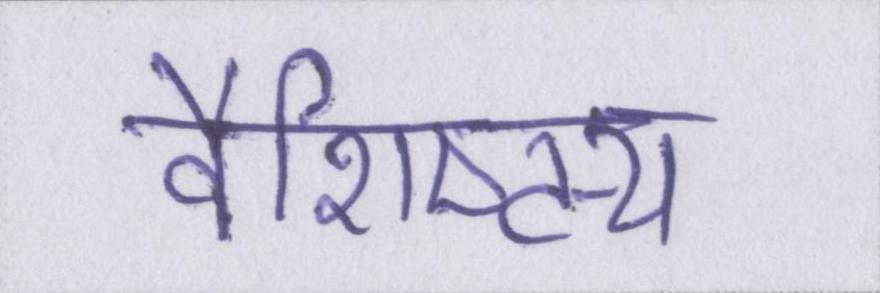
वैशिष्ट्य